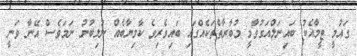
ގައުމީ ޓީމާއެކު ބައިނަލްއަގުވާމީ މުބާރާތްތަކެއްގައި ބައިވެރިވެ ކާމިޔާބެއް ނުލިބުނު ނަމަވެސް އޭނާ ވަނީ